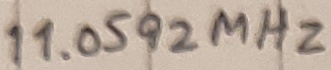
Text: 11.0592MHz